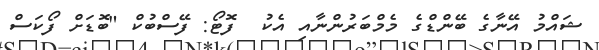
ޝައްމު އޭނާގެ ބޭންޑްގެ މެމްބަރުންނާއި އެކު  ފޮޓޯ: ފޭސްބުކް "ބޮޑަށް ފޯކަސް